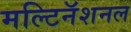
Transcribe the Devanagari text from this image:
मल्टिनॅशनल